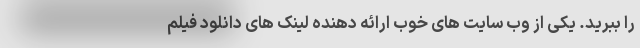
را ببرید. یکی از وب سایت های خوب ارائه دهنده لینک های دانلود فیلم